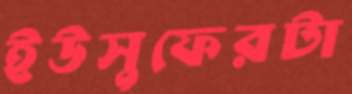
ইউসুফেরটা